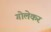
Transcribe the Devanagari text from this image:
गोलेकर